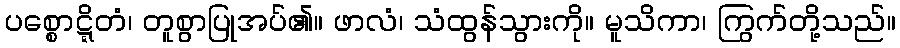
ပစ္စောဋ္ဋိတံ၊ တူစွာပြုအပ်၏။ ဖာလံ၊ သံထွန်သွားကို။ မူသိကာ၊ ကြွက်တို့သည်။